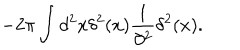
- 2 \pi \int d ^ { 2 } x \delta ^ { 2 } ( x ) { \frac { 1 } { \partial ^ { 2 } } } \delta ^ { 2 } ( x ) .